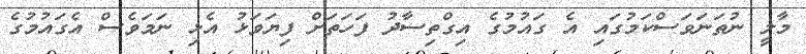
މާލީ ނުތަނަވަސްކަމުގައި އެ ގައުމުގެ އިގްތިސާދު ފަހަތަށް ފިޔަވަޅު އެޅި ނަމަވެސް އެގައުމުގެ